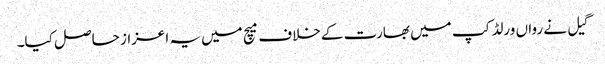
گیل نے رواں ورلڈ کپ میں بھارت کے خلاف میچ میں یہ اعزاز حاصل کیا۔